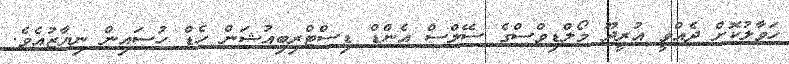
ހަވާލުކޮށް ދެއްވީ އުރީދޫ މޯލްޑިވްސްގެ ސޭލްސް އެންޑް ޑިސްޓްރިބިއުޝަން ހެޑް ހުސައިން ނިޔާޒުއެވެ.